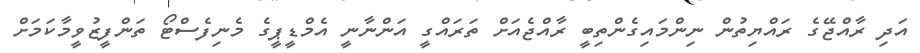
އަދި ރާއްޖޭގެ ރައްޔިތުން ނިންމައިގެންތިބީ ރާއްޖެއަށް ތަރައްގީ އަންނާނީ އެމްޑީޕީގެ މެނިފެސްޓޯ ތަންފީޒުވީމާކަމަށް